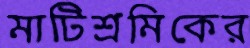
মাটিশ্রমিকের